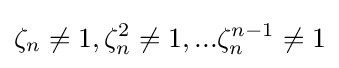
\zeta _{n}\neq 1,\zeta _{n}^{2}\neq 1,...\zeta _{n}^{n-1}\neq 1